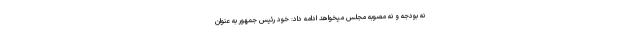
نه بودجه و نه مصوبه مجلس میخواهد ادامه داد: خود رئیس جمهور به عنوان